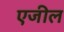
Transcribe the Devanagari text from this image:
एजील